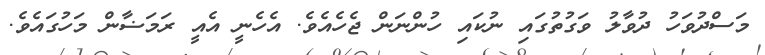
މަސްދުވަހު ދުވާލު ވަގުތުގައި ނުކައި ހުންނަން ޖެހެއެވެ. އެހެނީ އެއީ ރަމަޟާން މަހުގައެވެ.